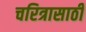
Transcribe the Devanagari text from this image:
चरित्रासाठी